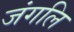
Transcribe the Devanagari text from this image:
जंगलि